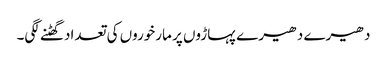
دھیرے دھیرے پہاڑوں پر مارخوروں کی تعداد گھٹنے لگی۔